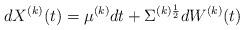
LaTeX: \begin{align*}dX^{(k)}(t)=\mu^{(k)} dt+\Sigma^{(k)\frac{1}{2}} dW^{(k)}(t)\end{align*}